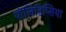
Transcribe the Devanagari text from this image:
पोलिडिप्सिया